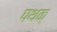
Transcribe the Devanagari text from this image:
पथक्